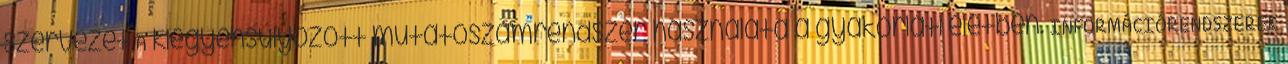
szervezet A kiegyensúlyozott mutatószámrendszer használata a gyakorlati életben. INFORMÁCIÓRENDSZEREK